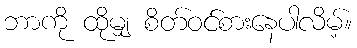
ဘာကို ထိုမျှ စိတ်ဝင်စားနေပါလိမ့်။